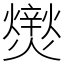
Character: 㸉